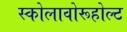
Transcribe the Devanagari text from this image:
स्कोलावोरूहोल्ट